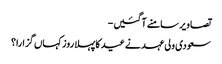
تصاویر سامنے آگئیں -
سعودی ولی عہد نے عید کا پہلا روز کہاں گزارا؟